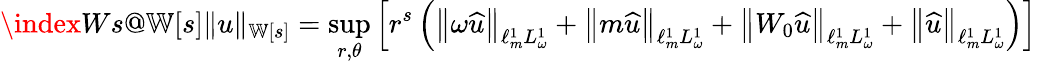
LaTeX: \index{Ws@{\mathbb{W}[{s}]}}\lVert u\rVert_{{\mathbb{W}[{s}]}}=\operatorname*{sup}_{r,\theta}\left[r^{s}\left(\left\lVert\omega\widehat{u}\right\rVert_{\ell_{m}^{1}L_{\omega}^{1}}+\left\lVert m\widehat{u}\right\rVert_{\ell_{m}^{1}L_{\omega}^{1}}+\left\lVert W_{0}\widehat{u}\right\rVert_{\ell_{m}^{1}L_{\omega}^{1}}+\left\lVert\widehat{u}\right\rVert_{\ell_{m}^{1}L_{\omega}^{1}}\right)\right]